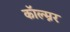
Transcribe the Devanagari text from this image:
कॉल्म्नर